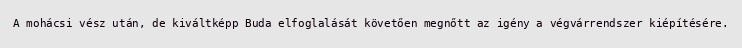
A mohácsi vész után, de kiváltképp Buda elfoglalását követően megnőtt az igény a végvárrendszer kiépítésére.